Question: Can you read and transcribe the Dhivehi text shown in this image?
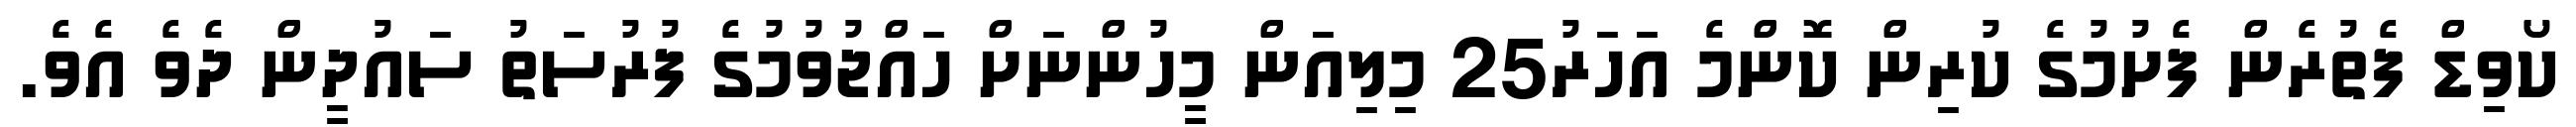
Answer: ކޯވިޑް ފެތުރެން ފެށުމުގެ ކުރިން ކޮންމެ އަހަރު25 މިލިއަން މީހުންނަށް ހައްޖުވުމުގެ ފުރުސަތު ސައުދީން ދެވެ އެވެ.